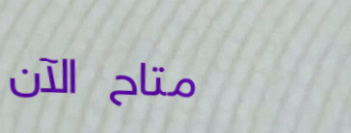
متاح الآن